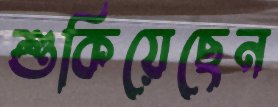
শুকিয়েছেন